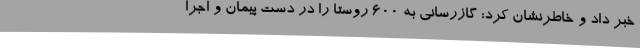
خبر داد و خاطرنشان کرد: گازرسانی به 600 روستا را در دست پیمان و اجرا